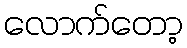
လောက်တော့